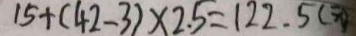
1 5 + ( 4 2 - 3 ) \times 2 . 5 = 1 2 2 . 5 (